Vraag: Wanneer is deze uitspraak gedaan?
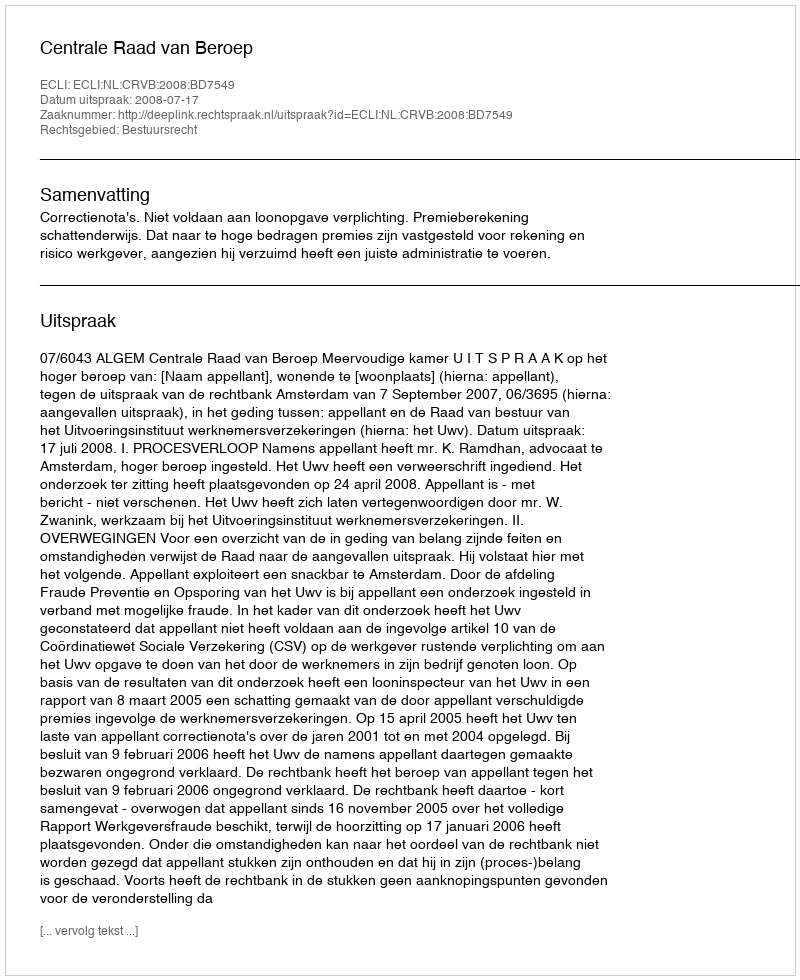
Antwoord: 2008-07-17